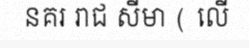
នគរ រាជ សីមា ( លើ